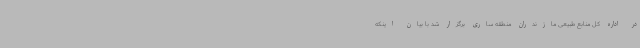
در اداره کل منابع طبیعی مازندران منطقه ساری برگزار شد با بیان اینکه